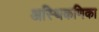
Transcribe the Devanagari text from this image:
अस्थिकणिका